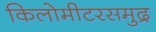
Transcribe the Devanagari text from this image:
किलोमीटरसमुद्र